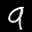
Label: 9